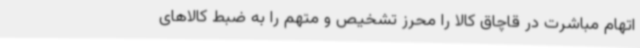
اتهام مباشرت در قاچاق کالا را محرز تشخیص و متهم را به ضبط کالاهای